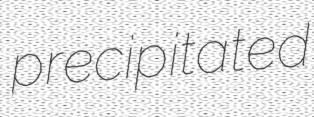
precipitated